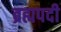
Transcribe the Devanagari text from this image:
ब्रह्मपदी